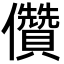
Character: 儹